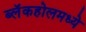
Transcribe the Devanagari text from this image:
ब्लॅकहोलमध्ये